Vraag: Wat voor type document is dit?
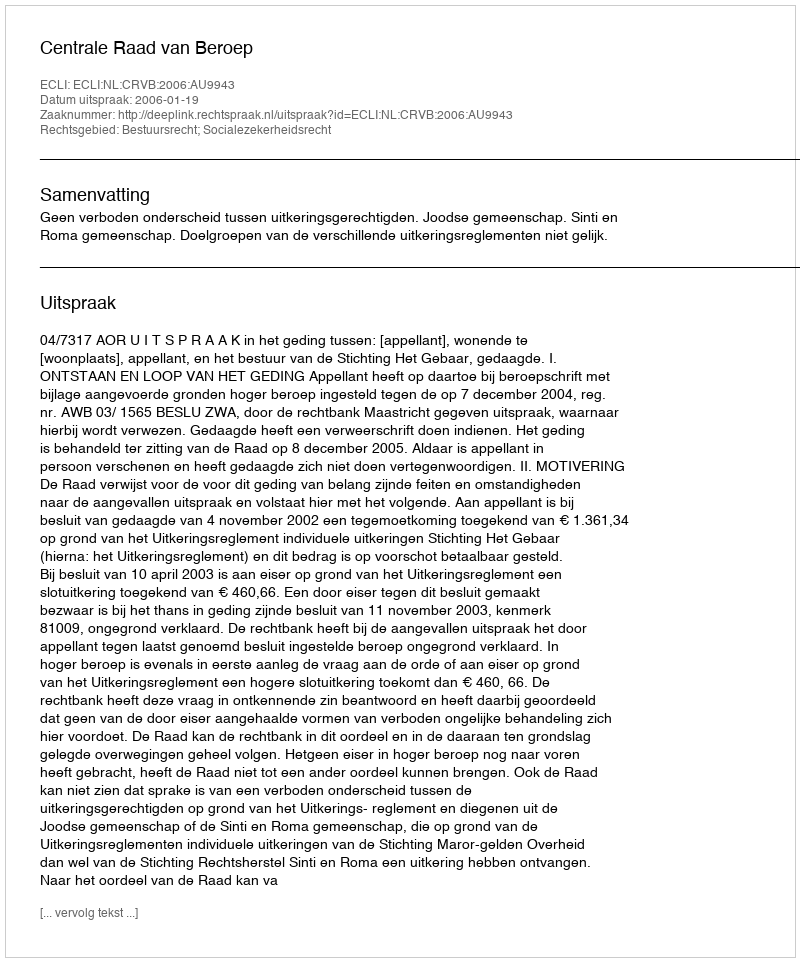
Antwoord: Uitspraak